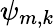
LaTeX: {\psi}_{m,k}